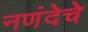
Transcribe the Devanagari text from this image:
नणंदेचे